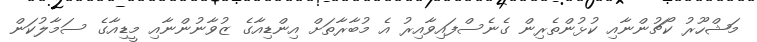
މަޝްހޫރު ކޯޗުންނާއި ކުޅުންތެރިން ގެނެސްފައިވާއިރު އެ މުބާރާތަށް އިންޑިއާގެ ޒުވާނުންނާއި މީޑިއާގެ ސަމާލުކަން